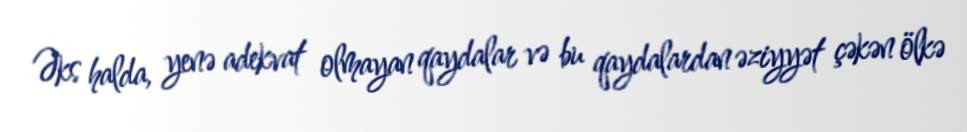
Əks halda, yenə adekvat olmayan qaydalar və bu qaydalardan əziyyət çəkən ölkə